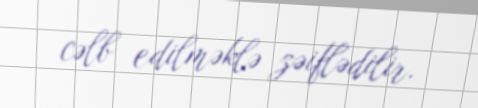
cəlb edilməklə zəiflədilir.